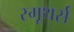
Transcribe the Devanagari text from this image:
स्मूथर्स